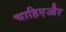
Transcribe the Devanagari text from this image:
चाहिएऔर